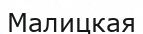
Малицкая